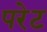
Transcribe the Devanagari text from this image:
परेट